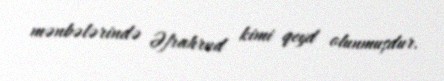
mənbələrində Əfrahrud kimi qeyd olunmuşdur.